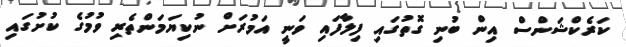
ކަރެކްޝަންސް އިން ބުނި ގޮތުގައި ފިލާފައި ވަނީ އަމުރަށް ނުކިޔަމަންތެރި ވުމުގެ ކުށުގައި